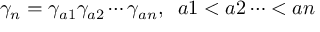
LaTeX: \gamma _ { n } = \gamma _ { a 1 } \gamma _ { a 2 } \cdots \gamma _ { a n } , \; \; a 1 < a 2 \cdots < a n